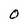
Character: O